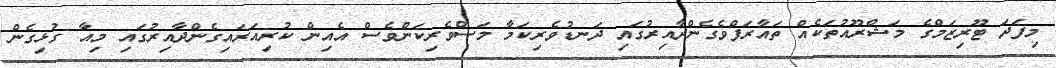
މިފަދަ ޓޫރިޒަމްގެ މަޝްރޫއުތަކެއް ތައާރަފްވެގެންދާއިރުގައި ދަނޑުވެރިކަމާ މަސްވެރިކަންވެސް އެއިން ކުރިއަރައިގެންދާއިރުގައި މިއާ ގުޅިގެން